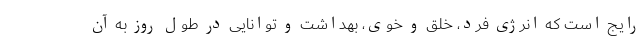
رایج است که انرژی فرد، خلق و خوی، بهداشت و توانایی در طول روز به آن